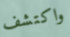
واكتشف